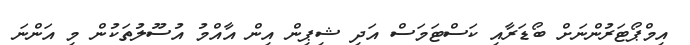
އިމްޕޯޓަރުންނަށް ބޯޑަރާއި ކަސްޓަމަސް އަދި ޝިޕިން އިން އާއްމު އުސޫލުތަކުން މި އަންނަ